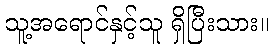
သူ့အရောင်နှင့်သူ ရှိပြီးသား။